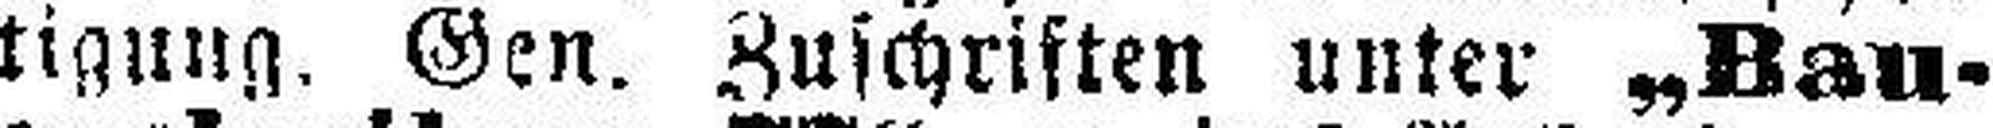
tigung. Gen. Zuschriften unter „Bau¬